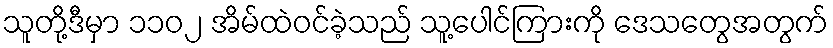
သူတို့ဒီမှာ ၁၁၀၂ အိမ်ထဲဝင်ခဲ့သည် သူ့ပေါင်ကြားကို ဒေသတွေအတွက်